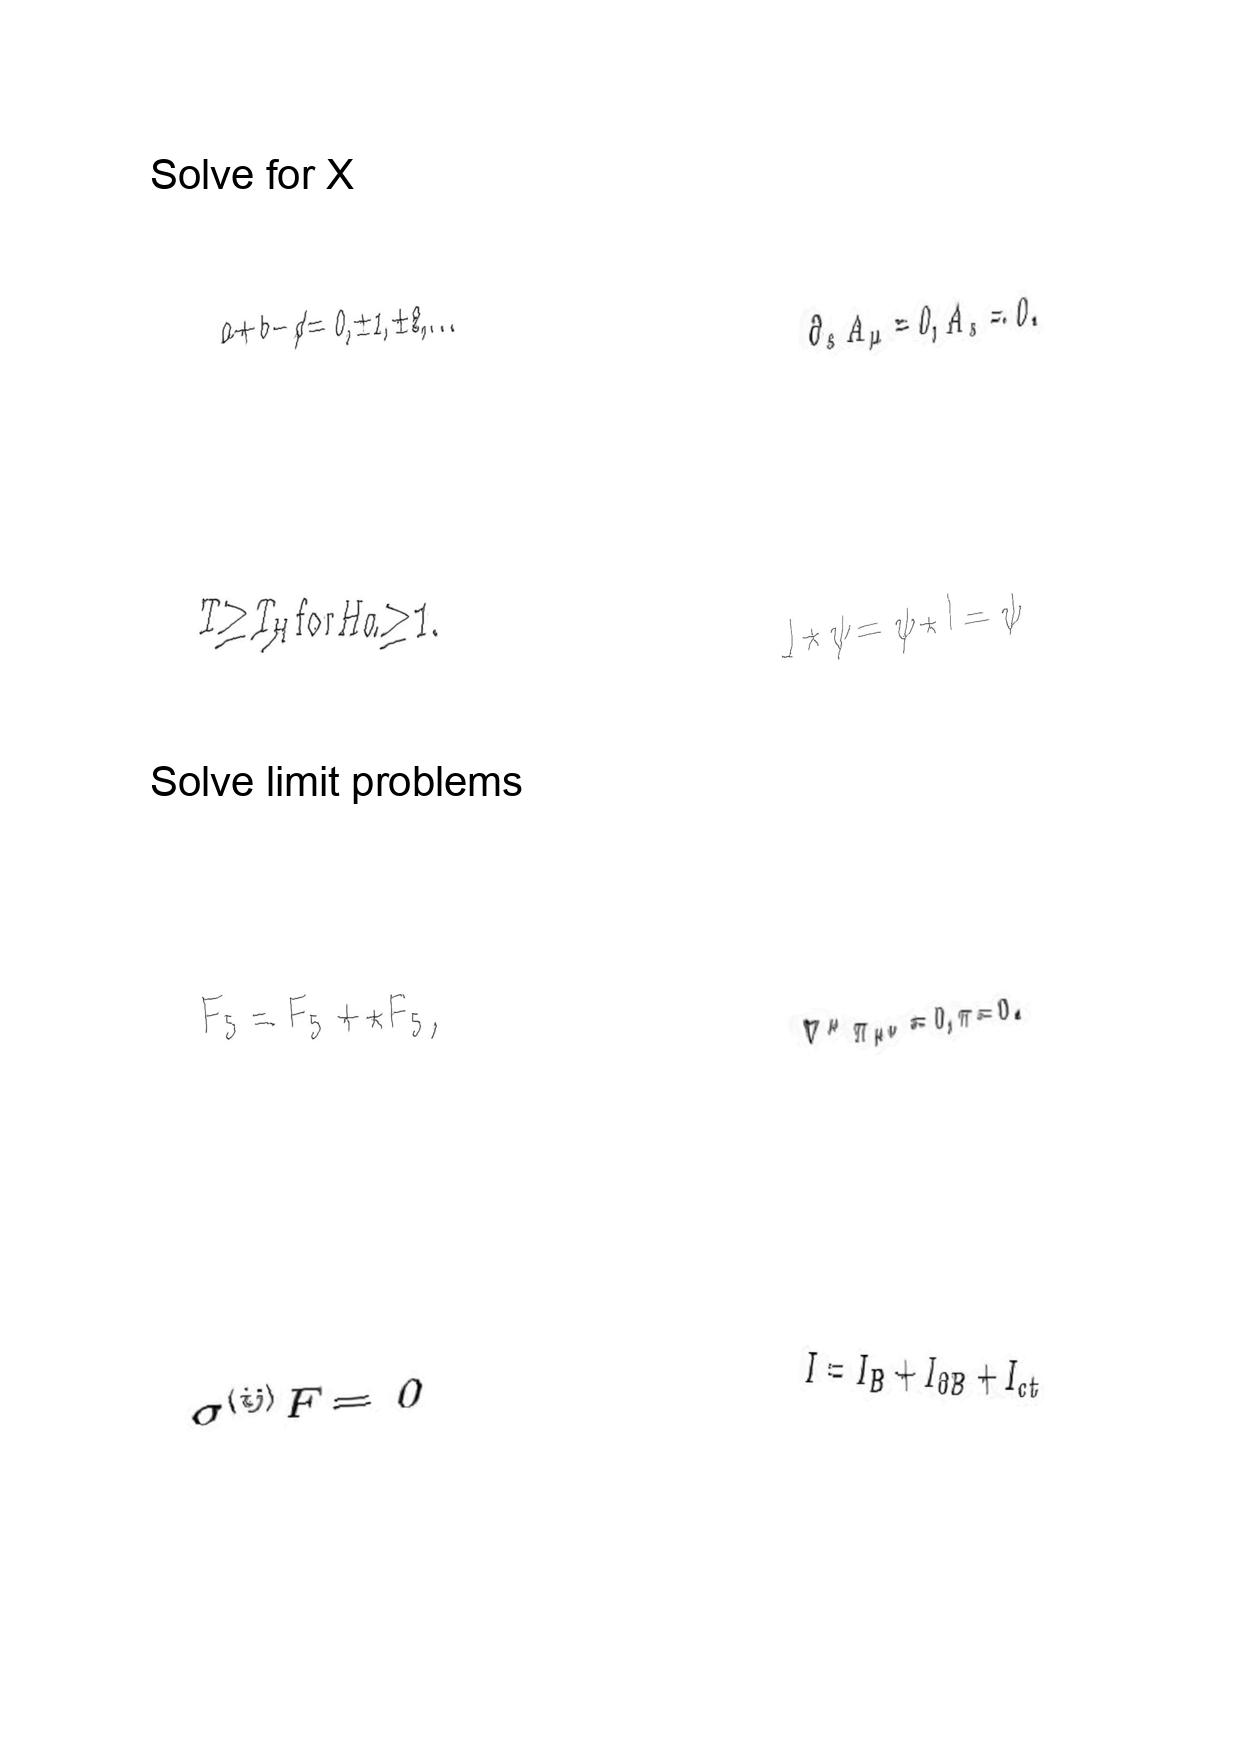
LaTeX transcription:
a + b - c \neq 0 , \pm 1 , \pm 2 , \ldots
T \geq T _ { H } \mathrm { f o r } H a \geq 1 .
F _ { 5 } = F _ { 5 } + \star F _ { 5 } ,
\sigma ^ { \lparen i j \rparen } F = 0
\partial _ { s } A _ { \mu } = 0 , A _ { s } = 0 .
I \star \psi = \psi \star I = \psi
\nabla ^ { \mu } \pi _ { \mu \nu } = 0 , \pi = 0 .
I = I _ { B } + I _ { \partial B } + I _ { c t }